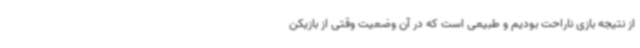
از نتیجه بازی ناراحت بودیم و طبیعی است که در آن وضعیت وقتی از بازیکن